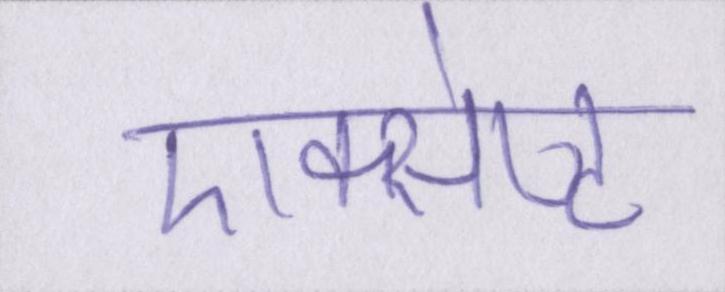
एक्सेप्ट